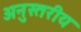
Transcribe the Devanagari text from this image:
अनुस्तरीय